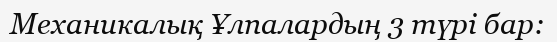
Механикалық Ұлпалардың 3 түрі бар: